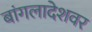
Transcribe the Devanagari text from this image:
बांगलादेशवर